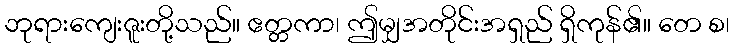
ဘုရားကျေးဇူးတို့သည်။ ဧတ္တကာ၊ ဤမျှအတိုင်းအရှည် ရှိကုန်၏။ တေ စ၊